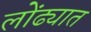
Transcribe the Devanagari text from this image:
लोंढ्यात